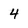
Character: 4